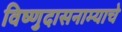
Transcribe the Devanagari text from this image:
विष्णुदासनाम्याचे